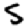
Digit: 5